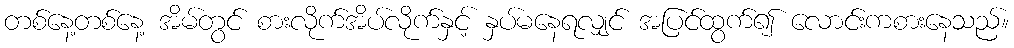
တစ်နေ့တစ်နေ့ အိမ်တွင် စားလိုက်အိပ်လိုက်နှင့် နှပ်မနေရလျှင် အပြင်ထွက်၍ လောင်းကစားနေသည်။